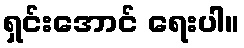
ရှင်းအောင် ရေးပါ။